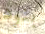
بنود